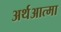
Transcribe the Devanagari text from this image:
अर्थआत्मा